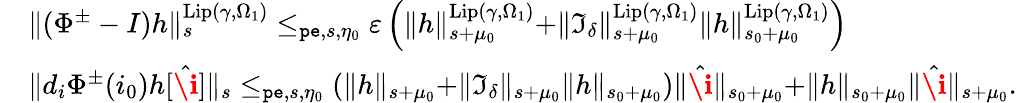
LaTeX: \begin{array}{rl}&{\rVert(\Phi^{\pm}-I)h\rVert_{s}^{\mathrm{Lip}(\gamma,\Omega_{1})}\le_{\mathtt{pe},s,\eta_{0}}\varepsilon\left(\rVert h\rVert_{s+\mu_{0}}^{\mathrm{Lip}(\gamma,\Omega_{1})}+\rVert\mathfrak{I}_{\delta}\rVert_{s+\mu_{0}}^{\mathrm{Lip}(\gamma,\Omega_{1})}\rVert h\rVert_{s_{0}+\mu_{0}}^{\mathrm{Lip}(\gamma,\Omega_{1})}\right)}\\ &{\rVert d_{i}\Phi^{\pm}(i_{0})h[\hat{\textbf{\i}}]\rVert_{s}\le_{\mathtt{pe},s,\eta_{0}}\left(\rVert h\rVert_{s+\mu_{0}}+\rVert\mathfrak{I}_{\delta}\rVert_{s+\mu_{0}}\rVert h\rVert_{s_{0}+\mu_{0}}\right)\rVert\hat{\textbf{\i}}\rVert_{s_{0}+\mu_{0}}+\rVert h\rVert_{s_{0}+\mu_{0}}\rVert\hat{\textbf{\i}}\rVert_{s+\mu_{0}}.}\end{array}